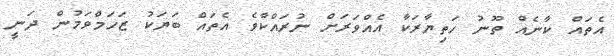
އެތައް ކާނެއް ތޫނު ހަތިޔާރަކާ އެއްވަރަށް ނުރައްކާވެ އެތައް ބަޔަކު ޒަހަމްވަމުން ދަނީ